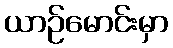
ယာဉ်မောင်းမှာ